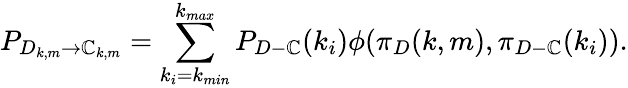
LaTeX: P_{D_{k,m}\rightarrow\mathbb{C}_{k,m}}=\sum_{k_{i}=k_{min}}^{k_{max}}P_{D-\mathbb{C}}(k_{i})\phi(\pi_{D}(k,m),\pi_{D-\mathbb{C}}(k_{i})).